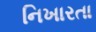
નિખારતા